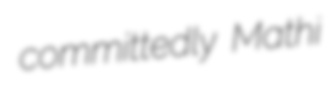
committedly Mathi